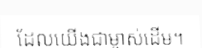
ដែលយើងជាម្ចាស់ដើម។